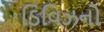
ડિવિઝનો